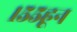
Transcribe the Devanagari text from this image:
१५५हून